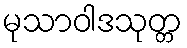
မုသာဝါဒသုတ္တ